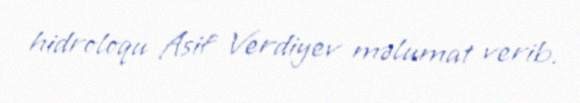
hidroloqu Asif Verdiyev məlumat verib.